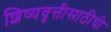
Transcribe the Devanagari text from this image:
शिष्यवृत्तीसाठीची